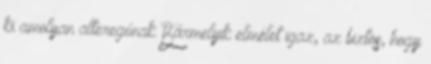
ki amolyan alteregónak Bármelyik elmélet igaz, az biztos, hogy